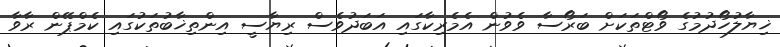
ޚިޔާލުހޯދުމުގެ ވޯޓްތަކަށް ބަރޯސާ ވެވުން އެމެރިކާގައި އަބަދުވެސް ރިޔާސީ އިންތިޚާބުތަކުގައި ކެމްޕޭން ރާވާ